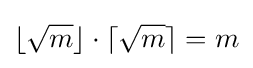
\lfloor {\sqrt {m}}\rfloor \cdot \lceil {\sqrt {m}}\rceil =m